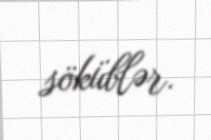
söküblər.